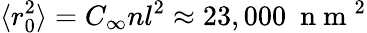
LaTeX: \langle r_{0}^{2}\rangle=C_{\infty}nl^{2}\approx 23,000~\mathrm{~n~m~}^{2}